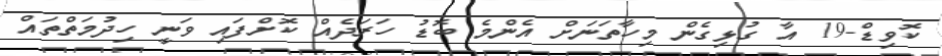
ކޮވިޑް-19 އާ ގުޅިގެން މިހާތަނަށް އެންމެ ބޮޑު ހަރަދެއް ކޮށްފައި ވަނީ ހިދުމަތްތައް